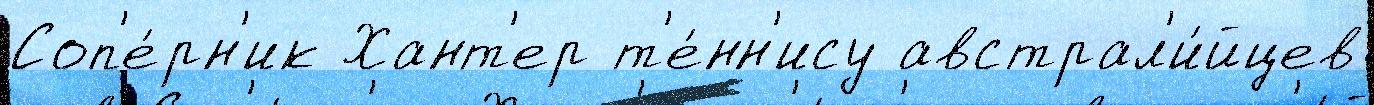
Соп'е́рн'ик Хант'ер т'е́нн'ису австрал'и́йцев